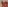
Text: 10